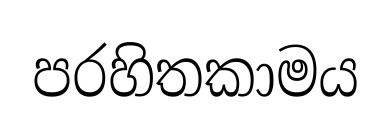
පරහිතකාමය